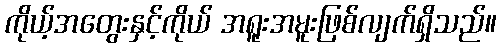
ကိုယ့်အတွေးနှင့်ကိုယ် အရူးအမူးဖြစ်လျက်ရှိသည်။